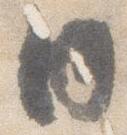
内